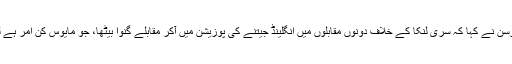
یہ بھی پڑھیں: لارڈز کا 200 سالہ جشن، فنچ اور سعید اجمل نے میلہ لوٹ لیا کیون پیٹرسن نے کہا کہ سری لنکا کے خلاف دونوں مقابلوں میں انگلینڈ جیتنے کی پوزیشن میں آکر مقابلے گنوا بیٹھا، جو مایوس کن امر ہے لیکن گیری بیلنس، سام روبسن، جو روٹ اور معین علی کی کارکردگی لائق تحسین ہے۔